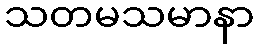
သတမသမာနာ